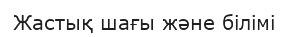
Жастық шағы және білімі